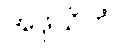
အဖုသိတံ